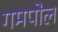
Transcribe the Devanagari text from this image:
गमपोल